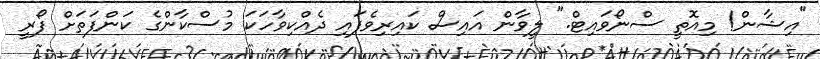
"އިޝާން! މިއޮތީ ސްނޯވައިޓް." ލީވާން އައިސް ކައިރިވެފައި ދެއްކިވާހަކަ މުސްކާންގެ ކަންފަތަށް ފޯރީ